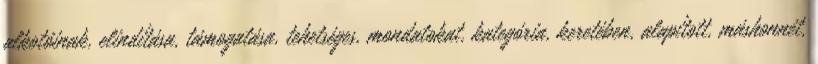
alkotóinak, elindítása, támogatása, tehetséges, mondatokat, kategória, keretében, alapított, máshonnét,